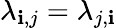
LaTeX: \lambda_{\mathbf{i},j}=\lambda_{j,\mathbf{i}}